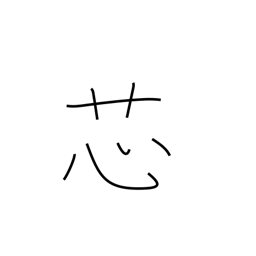
Meaning: wick